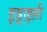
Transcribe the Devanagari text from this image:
इज़्राइली